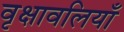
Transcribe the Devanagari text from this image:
वृक्षावलियाँ